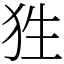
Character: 狌